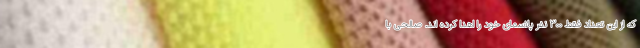
که از این تعداد فقط ۳۰۰ نفر پلاسمای خود را اهدا کرده اند. صالحی با